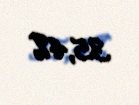
35,4%